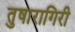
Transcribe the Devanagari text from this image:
तुषारागिरी